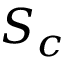
S _ { c }